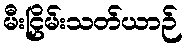
မီးငြှိမ်းသတ်ယာဉ်